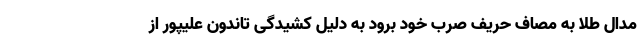
مدال طلا به مصاف حریف صرب خود برود به دلیل کشیدگی تاندون علیپور از